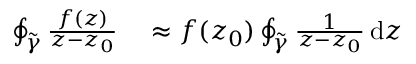
\begin{array} { r l } { \oint _ { \tilde { \gamma } } \frac { f ( z ) } { z - z _ { 0 } } } & { { } \approx f ( z _ { 0 } ) \oint _ { \tilde { \gamma } } \frac { 1 } { z - z _ { 0 } } \, \mathrm { d } z } \end{array}